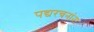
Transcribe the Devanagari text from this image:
पद्यरचनांना